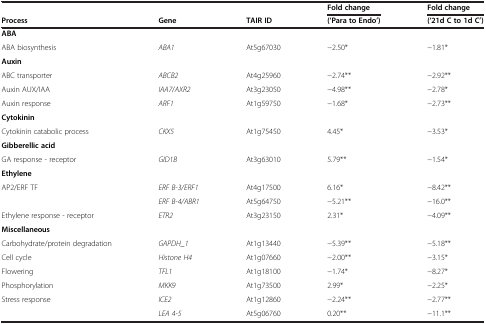
| <ROWSPAN=2> Process | <ROWSPAN=2> Gene | <ROWSPAN=2> TAIR ID | Fold change | Fold change |
 | (‘Para to Endo’) | (‘21d C to 1d C’) |
 | --- | --- | --- | --- | --- |
 | ABA |  |  |  |  |
 | ABA biosynthesis | ABA1 | At5g67030 | −2.50* | −1.81* |
 | Auxin |  |  |  |  |
 | ABC transporter | ABCB2 | At4g25960 | −2.74** | −2.92** |
 | Auxin AUX/IAA | IAA7/AXR2 | At3g23050 | −4.98** | −2.78* |
 | Auxin response | ARF1 | At1g59750 | −1.68* | −2.73** |
 | Cytokinin |  |  |  |  |
 | Cytokinin catabolic process | CKX5 | At1g75450 | 4.45* | −3.53* |
 | Gibberellic acid |  |  |  |  |
 | GA response - receptor | GID1B | At3g63010 | 5.79** | −1.54* |
 | Ethylene |  |  |  |  |
 | AP2/ERF TF | ERF B-3/ERF1 | At4g17500 | 6.16* | −8.42** |
 |  | ERF B-4/ABR1 | At5g64750 | −5.21** | −16.0** |
 | Ethylene response - receptor | ETR2 | At3g23150 | 2.31* | −4.09** |
 | Miscellaneous |  |  |  |  |
 | Carbohydrate/protein degradation | GAPDH_1 | At1g13440 | −5.39** | −5.18** |
 | Cell cycle | Histone H4 | At1g07660 | −2.00** | −3.15* |
 | Flowering | TFL1 | At1g18100 | −1.74* | −8.27* |
 | Phosphorylation | MKK9 | At1g73500 | 2.99* | −2.25* |
 | Stress response | ICE2 | At1g12860 | −2.24** | −2.77** |
 |  | LEA 4-5 | At5g06760 | 0.20** | −11.1** |